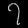
Digit: ၇